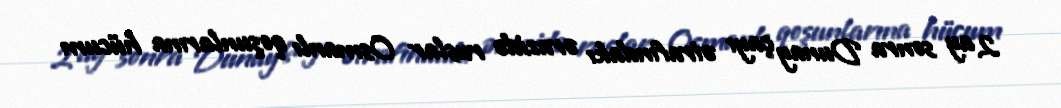
2 ay sonra Dunay çayı ətrafındakı ərazidə ruslar Osmanlı qoşunlarına hücum